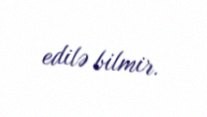
edilə bilmir.